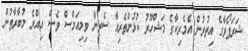
ޝަރަޕޯވާގެ އިތުރުން އެމެރިކާގެ މަޝްހޫރު ކުޅުންތެރިއާ ސެރީނާ ވިލިއަމްސް ވެސް އިއްޔެ މުބާރާތުން